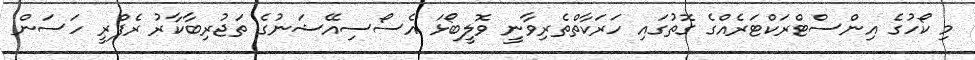
މި ކޯހުގެ އިންސްޓްރަކްޓަރެއްގެ ގޮތުގައި ހަރަކާތްތެރިވާނީ ވޮލީބޯޅަ އެސޯސިއޭޝަނުގެ ތަޖުރިބާކާރު ރެފްރީ ހަސަން